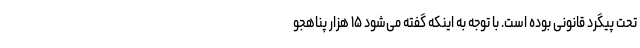
تحت پیگرد قانونی بوده است. با توجه به اینکه گفته می‌شود ۱۵ هزار پناهجو